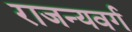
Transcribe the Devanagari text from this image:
राजन्यवर्ग